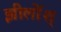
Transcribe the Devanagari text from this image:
झीलोंश्